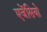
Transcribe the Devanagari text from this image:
एजेंसियो